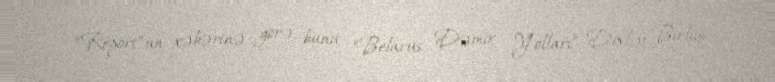
“Report”un xəbərinə görə, bunu “Belarus Dəmir Yolları” Dövlət Birliyi